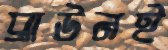
ব্রাউনই